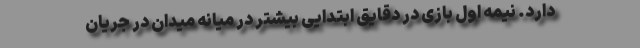
دارد. نیمه اول بازی در دقایق ابتدایی بیشتر در میانه میدان در جریان